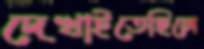
দেখাইতেছিলে